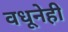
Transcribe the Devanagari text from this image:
वधूनेही